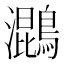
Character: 𮭓